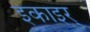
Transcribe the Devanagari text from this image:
इकाइर्